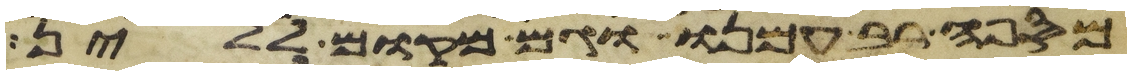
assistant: מספה רב עמנו וגם מקום ללין